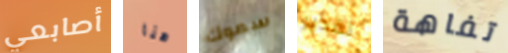
أصابعي هنا سموك تقدير تفاهة